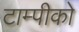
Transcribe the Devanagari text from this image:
टाम्पीको